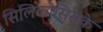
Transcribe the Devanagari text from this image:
सिलिकोसिसके